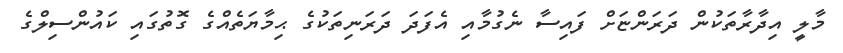
މާލީ އިދާރާތަކުން ދަރަންޏަށް ފައިސާ ނެގުމާއި އެފަދަ ދަރަނިތަކުގެ ޙިމާޔަތެއްގެ ގޮތުގައި ކައުންސިލްގެ